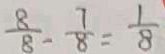
\frac { 8 } { 8 } - \frac { 7 } { 8 } = \frac { 1 } { 8 }